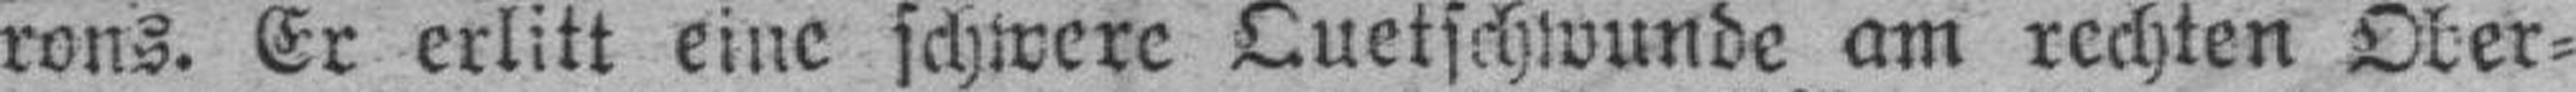
rons. Er erlitt eine schwere Quetschwunde am rechten Ober¬